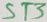
Text: ST3